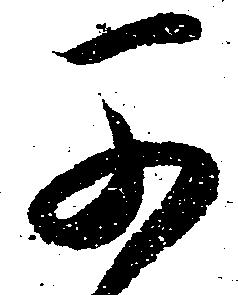
早